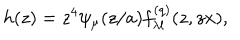
LaTeX: h ( z ) = z ^ { 4 } \psi _ { \mu } ( z / a ) f _ { \lambda l } ^ { ( q ) } ( z , z x ) ,